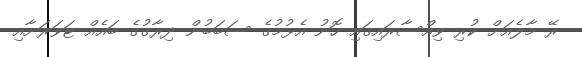
ރޭ މާލެއަށް ކުރި ވިއްސާރައިގައި ހޮނު އެޅުމުގެ ސަބަބުން ދިރާގުގެ ބައެއް ޓަވަރަށާއި